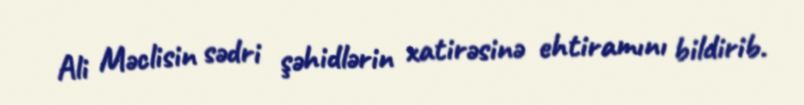
Ali Məclisin sədri şəhidlərin xatirəsinə ehtiramını bildirib.